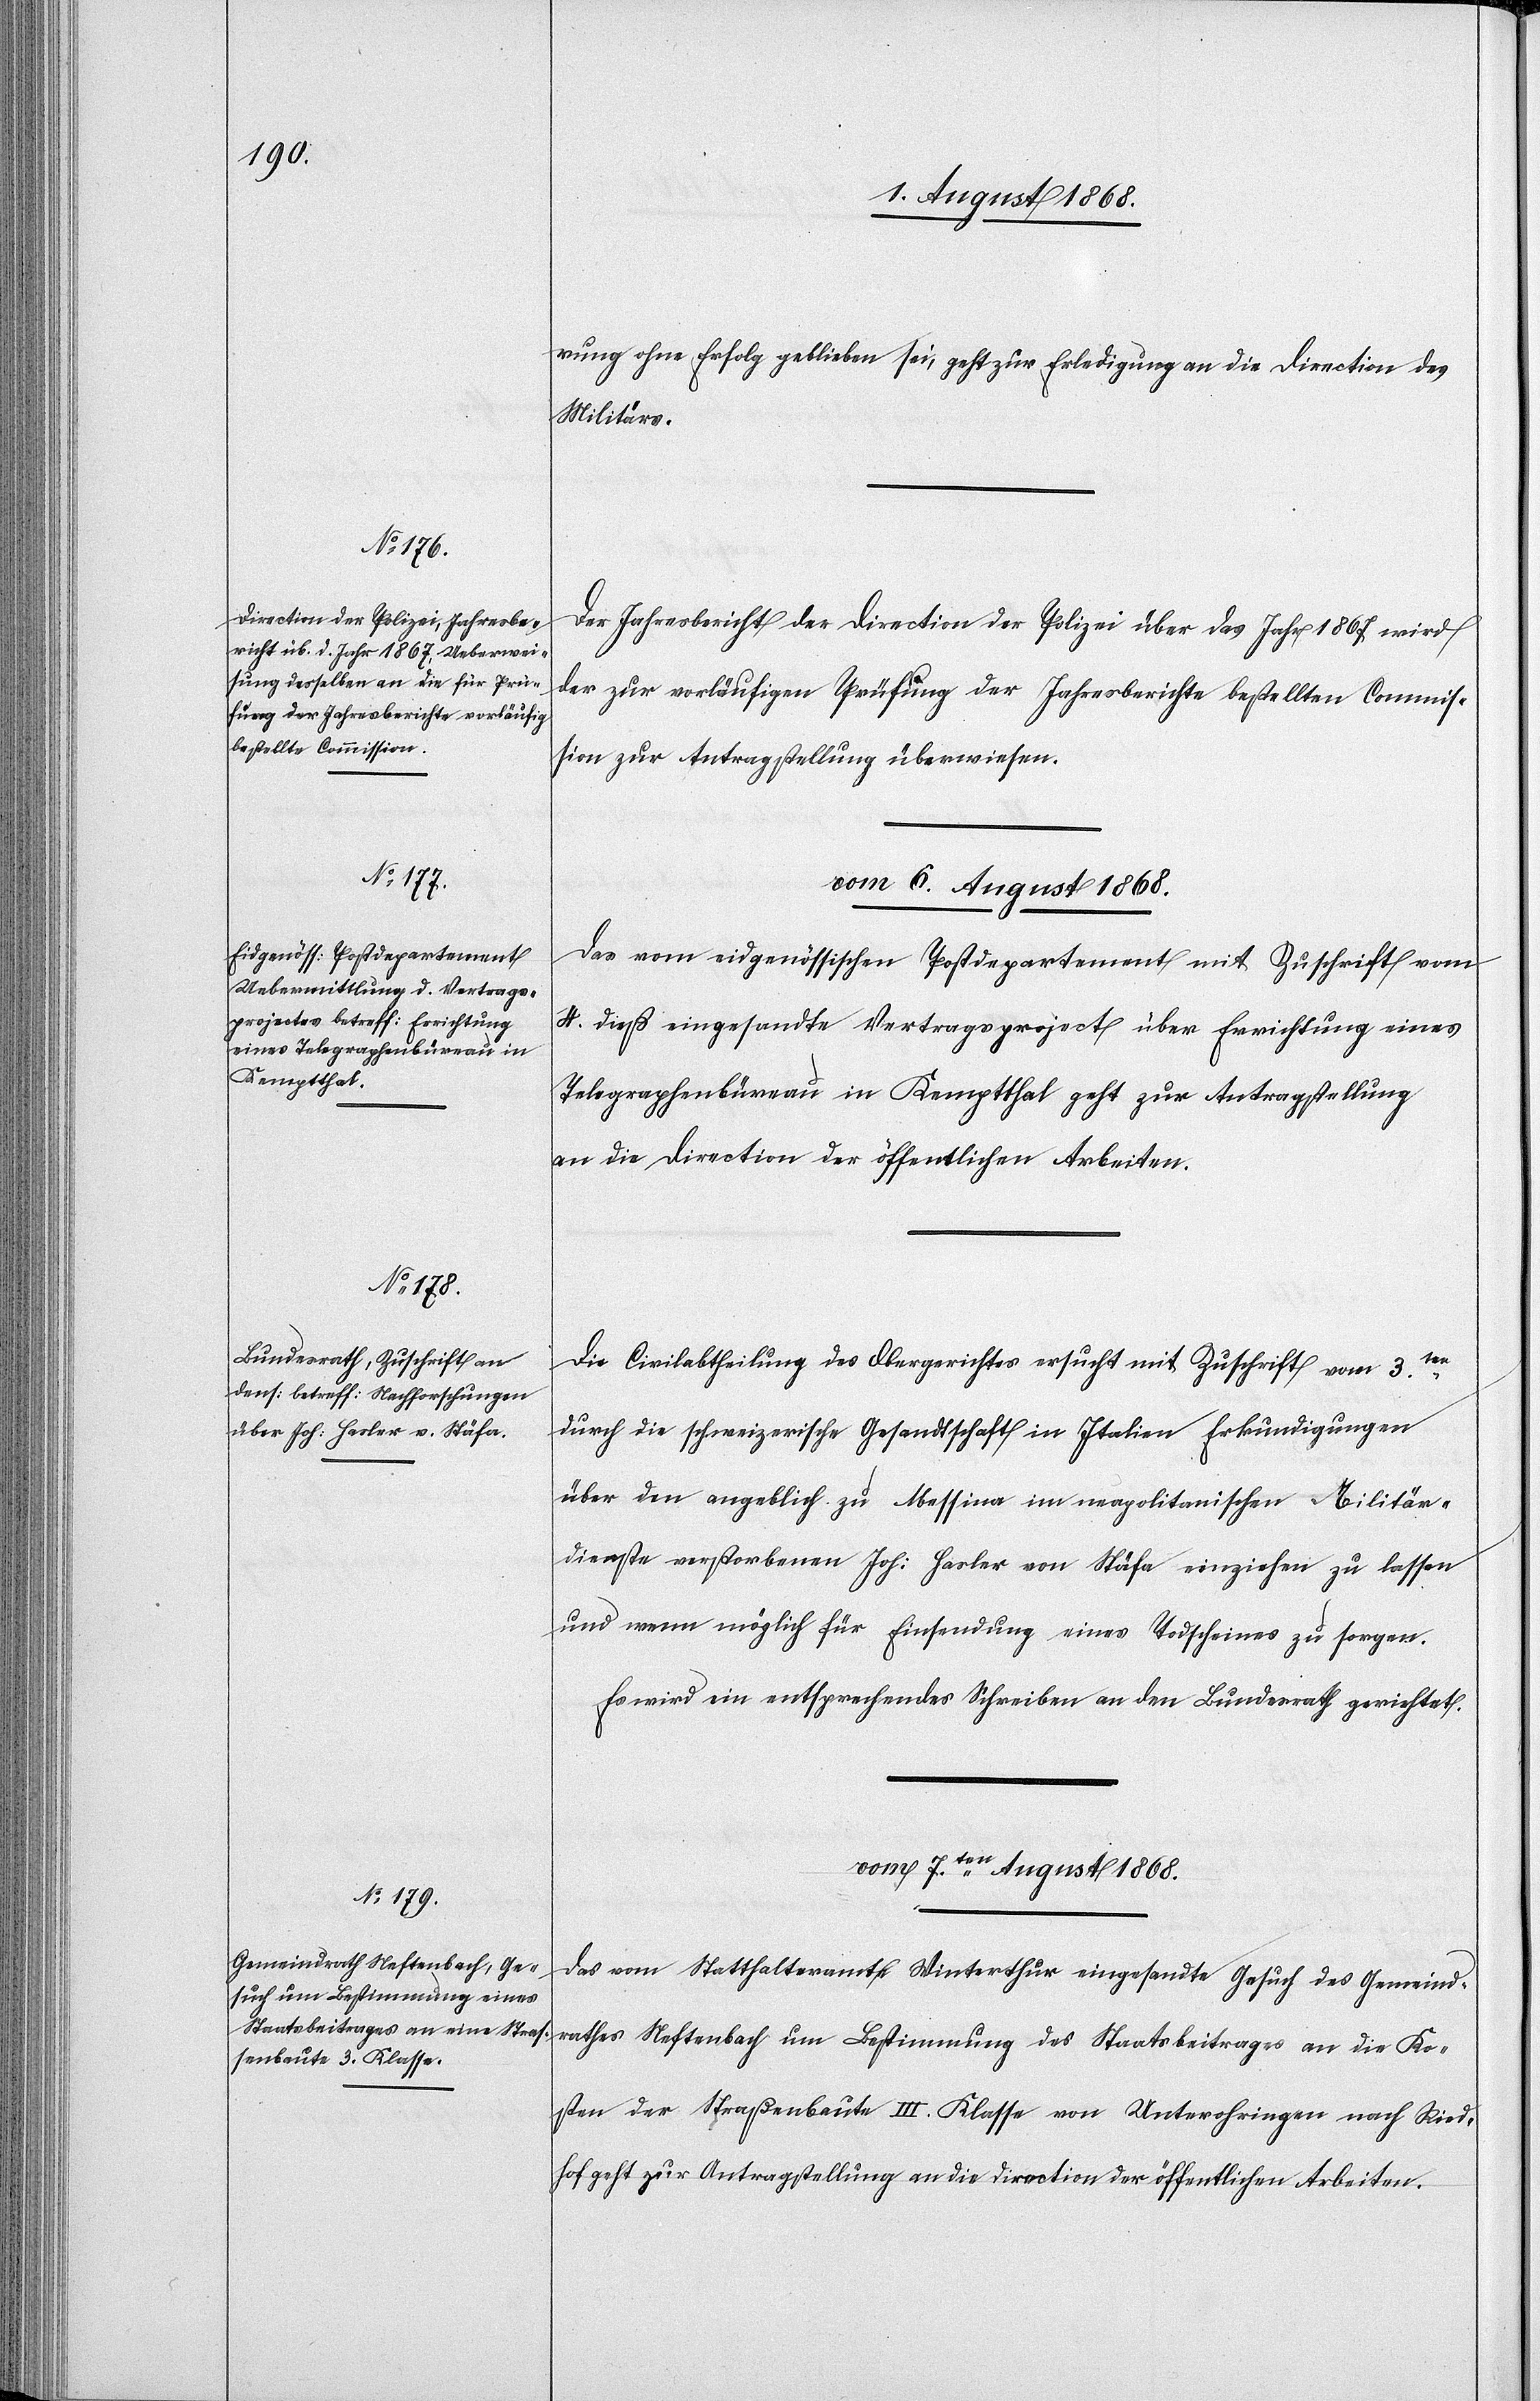
rung ohne Erfolg geblieben sei, geht zur Erledigung an die Direction des
Militärs.
Der Jahresbericht der Direction der Polizei über das Jahr 1867 wird
der zur vorläufigen Prüfung der Jahresberichte bestellten Commis¬
sion zur Antragstellung überwiesen.
vom 6. August 1868.]
Das vom eidgenössischen Postdepartement mit Zuschrift vom
4. dieß eingesandte Vertragsproject über Errichtung eines
Telegraphenbüreau in Kemptthal geht zur Antragstellung
an die Direction der öffentlichen Arbeiten.
Die Civilabtheilung des Obergerichtes ersucht mit Zuschrift vom 3ten.
durch die schweizerische Gesandtschaft in Italien Erkundigungen
über den angeblich zu Messina im neapolitanischen Militär¬
dienste verstorbenen Joh: Hasler von Stäfa einziehen zu lassen
und wenn möglich für Einsendung eines Todscheines zu sorgen.
Es wird ein entsprechendes Schreiben an den Bundesrath gerichtet.
vom 7ten. August 1868.
Das vom Statthalteramte Winterthur eingesandte Gesuch des Gemeind¬
rathes Neftenbach um Bestimmung des Staatsbeitrages an die Ko¬
sten der Straßenbaute III. Klasse von Unterohringen nach Ried¬
hof geht zur Antragstellung an die Direction der öffentlichen Arbeiten.